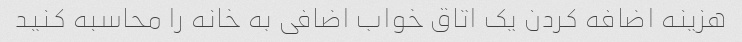
هزینه اضافه کردن یک اتاق خواب اضافی به خانه را محاسبه کنید